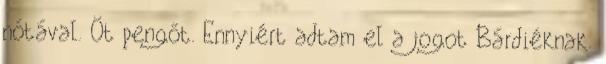
nótával. Öt pengőt. Ennyiért adtam el a jogot Bárdiéknak.